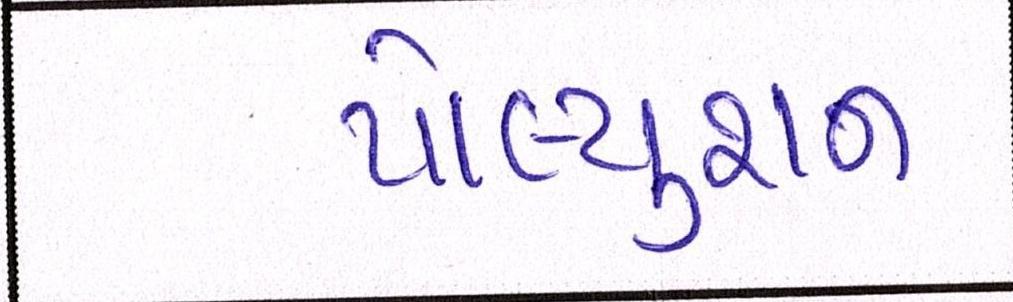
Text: પોલ્યુશન